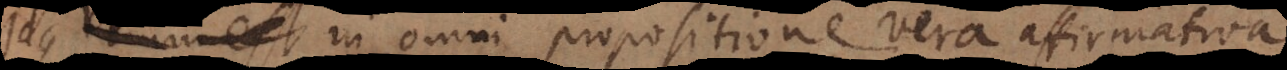
abet in omni propositione vera affirmativa